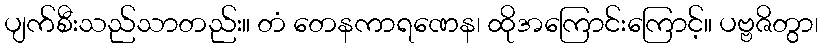
ပျက်စီးသည်သာတည်း။ တံ တေနကာရဏေန၊ ထိုအကြောင်းကြောင့်။ ပဗ္ဗဇိတွာ၊